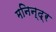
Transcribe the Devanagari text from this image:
मनिन्द्र